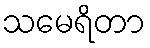
သမေရိတာ